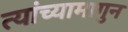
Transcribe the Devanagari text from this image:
त्यांच्यामागुन